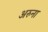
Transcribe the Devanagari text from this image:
अरुना